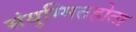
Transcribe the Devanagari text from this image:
संयुग्मितहोता